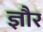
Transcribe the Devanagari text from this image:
ज्ञौर